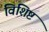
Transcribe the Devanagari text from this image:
विशिष्टं